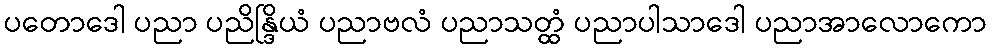
ပတောဒေါ ပညာ ပညိန္ဒြိယံ ပညာဗလံ ပညာသတ္ထံ ပညာပါသာဒေါ ပညာအာလောကော